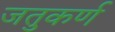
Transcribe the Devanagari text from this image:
जतुकर्ण